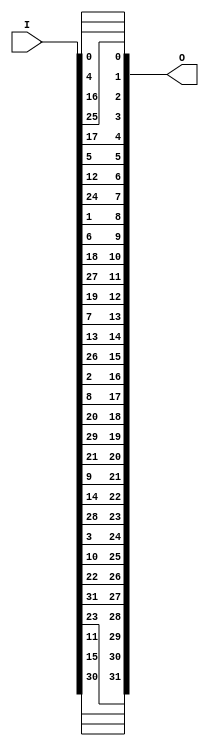
`timescale 1ns / 1ps
//////////////////////////////////////////////////////////////////////////////////
// Company: 
// Engineer: 
// 
// Design Name: 
// Module Name:    Seg7Remap 
// Project Name: 
// Target Devices: 
// Tool versions: 
// Description: 
//
// Dependencies: 
//
// Revision: 
// Revision 0.01 - File Created
// Additional Comments: 
//
//////////////////////////////////////////////////////////////////////////////////
module Seg7Remap(
	input [31:0] I, output [31:0] O
);
	
	assign O[ 7: 0] = {I[24], I[12], I[5], I[17], I[25], I[16], I[4], I[0]};
	assign O[15: 8] = {I[26], I[13], I[7], I[19], I[27], I[18], I[6], I[1]};
	assign O[23:16] = {I[28], I[14], I[9], I[21], I[29], I[20], I[8], I[2]};
	assign O[31:24] = {I[30], I[15], I[11],I[23], I[31], I[22], I[10],I[3]};
	
endmodule